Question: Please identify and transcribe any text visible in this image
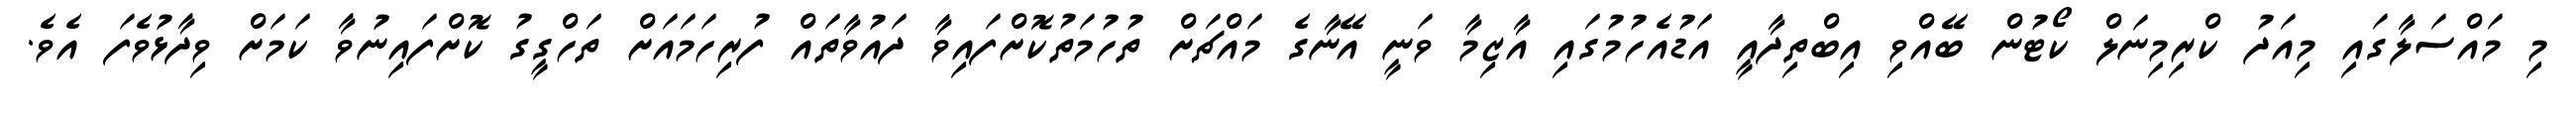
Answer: މި މައްސަލާގައި މިއަދު ކްރިމިނަލް ކޯޓުން ބޭއްވި އިބްތިދާއީ އަޑުއެހުމުގައި އާޒިމާ ވަނީ އޭނާގެ މައްޗަށް ތުހުމަތުކޮށްފައިވާ ދައުވާތައް ފުރިހަމައަށް ތަހްގީގު ކޮށްފައިނުވާ ކަމަށް ވިދާޅުވެފަ އެވެ.